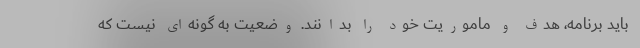
باید برنامه، هدف و ماموریت خود را بدانند. وضعیت به گونه‌ای نیست که